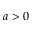
a > 0